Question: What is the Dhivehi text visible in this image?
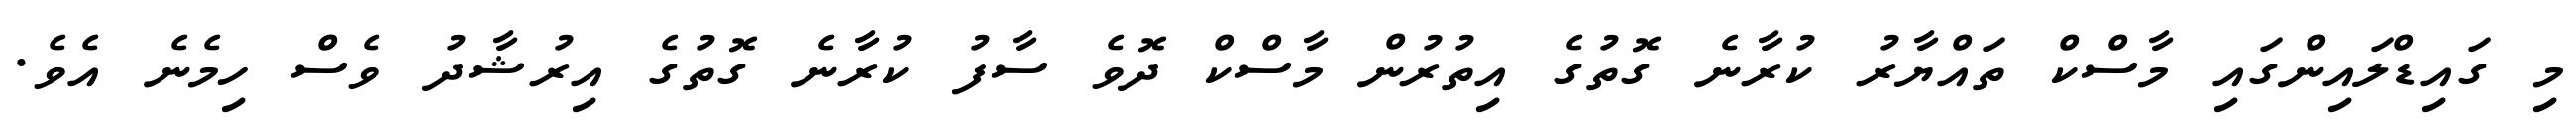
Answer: މި ގައިޑްލައިންގައި މާސްކް ތައްޔާރު ކުރާނެ ގޮތުގެ އިތުރުން މާސްކް ދޮވެ ސާފު ކުރާނެ ގޮތުގެ އިރުޝާދު ވެސް ހިމެނެ އެވެ.